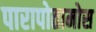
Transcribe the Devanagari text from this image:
पारापोतामोस